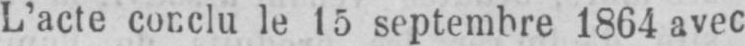
L’acte conclu le 15 septembre 1864 avec